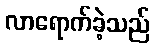
လာရောက်ခဲ့သည်